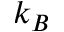
k _ { B }